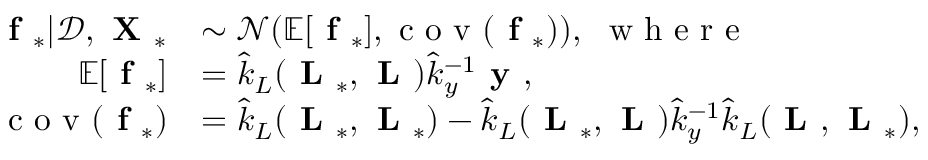
\begin{array} { r l } { \textbf { f } _ { * } | \mathcal { D } , \textbf { X } _ { * } } & { \sim \mathcal { N } ( \mathbb { E } [ \textbf { f } _ { * } ] , \textrm { c o v } ( \textbf { f } _ { * } ) ) , \ \textrm { w h e r e } } \\ { \mathbb { E } [ \textbf { f } _ { * } ] } & { = \hat { k } _ { L } ( \textbf { L } _ { * } , \textbf { L } ) \hat { k } _ { y } ^ { - 1 } \textbf { y } , } \\ { \textrm { c o v } ( \textbf { f } _ { * } ) } & { = \hat { k } _ { L } ( \textbf { L } _ { * } , \textbf { L } _ { * } ) - \hat { k } _ { L } ( \textbf { L } _ { * } , \textbf { L } ) \hat { k } _ { y } ^ { - 1 } \hat { k } _ { L } ( \textbf { L } , \textbf { L } _ { * } ) , } \end{array}